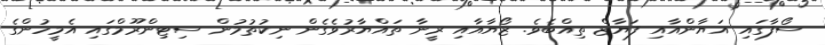
ސޯފާގައި އަޔާންއާއި ފަޔާޒް ތިއްބެވެ. ޒޯޔާއާއި ރީނާ ތައްޔާރުވެގެން ނިކުތުމުން ސިޓިންރޫމްގައި އެމީހުންގެ